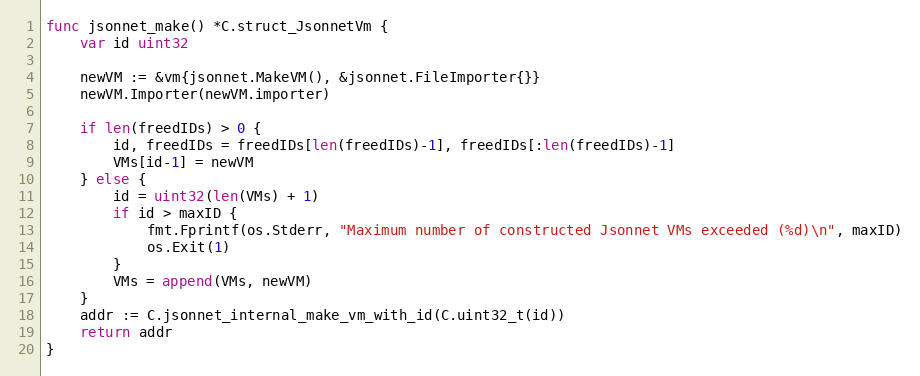
Language: Go
func jsonnet_make() *C.struct_JsonnetVm {
	var id uint32

	newVM := &vm{jsonnet.MakeVM(), &jsonnet.FileImporter{}}
	newVM.Importer(newVM.importer)

	if len(freedIDs) > 0 {
		id, freedIDs = freedIDs[len(freedIDs)-1], freedIDs[:len(freedIDs)-1]
		VMs[id-1] = newVM
	} else {
		id = uint32(len(VMs) + 1)
		if id > maxID {
			fmt.Fprintf(os.Stderr, "Maximum number of constructed Jsonnet VMs exceeded (%d)\n", maxID)
			os.Exit(1)
		}
		VMs = append(VMs, newVM)
	}
	addr := C.jsonnet_internal_make_vm_with_id(C.uint32_t(id))
	return addr
}